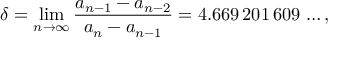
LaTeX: \delta = \operatorname* { l i m } _ { n \to \infty } { \frac { a _ { n - 1 } - a _ { n - 2 } } { a _ { n } - a _ { n - 1 } } } = 4 . 6 6 9 \, 2 0 1 \, 6 0 9 \, \ldots ,